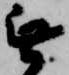
無